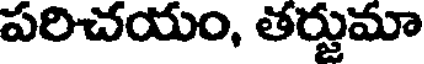
పరిచయం, తర్జుమా